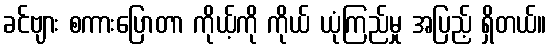
ခင်ဗျား စကားပြောတာ ကိုယ့်ကို ကိုယ် ယုံကြည်မှု အပြည့် ရှိတယ်။